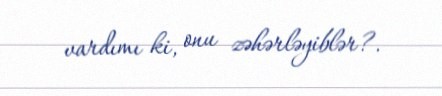
vardımı ki, onu zəhərləyiblər?.